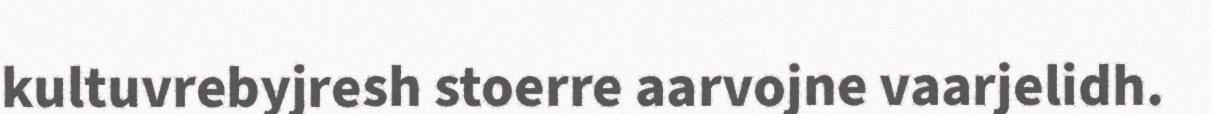
kultuvrebyjresh stoerre aarvojne vaarjelidh.